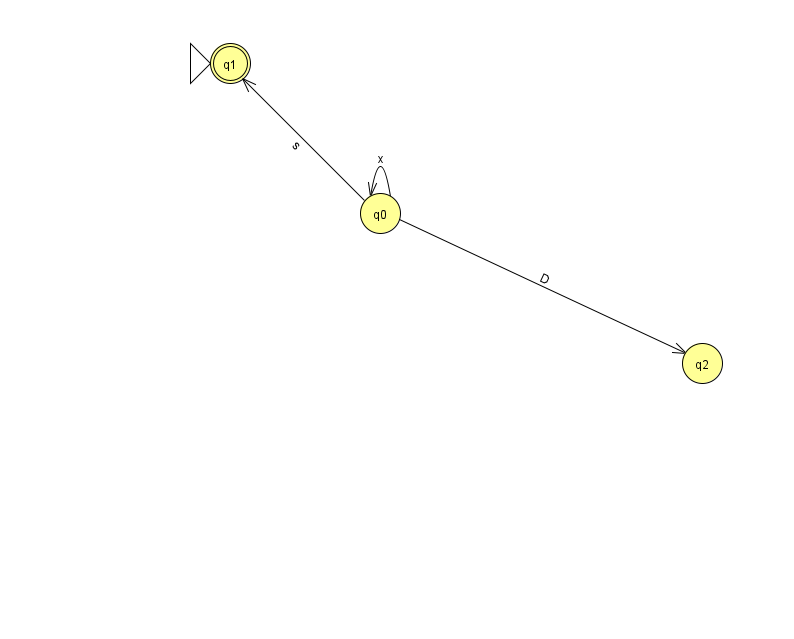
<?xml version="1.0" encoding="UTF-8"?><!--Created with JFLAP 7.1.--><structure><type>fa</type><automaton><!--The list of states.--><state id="0" name="q0"><x>380.0</x><y>200.0</y></state><state id="1" name="q1"><x>230.0</x><y>50.0</y><initial/><final/></state><state id="2" name="q2"><x>702.0</x><y>350.0</y></state><!--The list of transitions.--><transition><from>0</from><to>2</to><read>D</read></transition><transition><from>0</from><to>1</to><read>s</read></transition><transition><from>0</from><to>0</to><read>x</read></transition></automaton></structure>